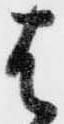
は